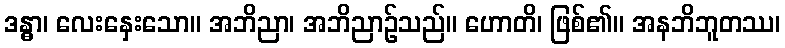
ဒန္ဓာ၊ လေးနှေးသော။ အဘိညာ၊ အဘိညာဉ်သည်။ ဟောတိ၊ ဖြစ်၏။ အနဘိဘူတဿ၊